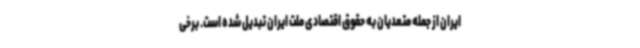
ایران از جمله متعدیان به حقوق اقتصادی ملت ایران تبدیل شده است. برخی